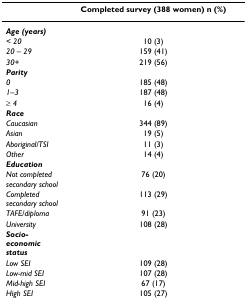
<table><thead><tr><td></td><td><b>Completed survey (388 women) n (%)</b></td></tr></thead><tbody><tr><td><b><i>Age (years)</i></b></td><td></td></tr><tr><td><i>&lt; 20</i></td><td>10 (3)</td></tr><tr><td><i>20 – 29</i></td><td>159 (41)</td></tr><tr><td><i>30+</i></td><td>219 (56)</td></tr><tr><td><b><i>Parity</i></b></td><td></td></tr><tr><td><i>0</i></td><td>185 (48)</td></tr><tr><td><i>1–3</i></td><td>187 (48)</td></tr><tr><td>≥ <i>4</i></td><td>16 (4)</td></tr><tr><td><b><i>Race</i></b></td><td></td></tr><tr><td><i>Caucasian</i></td><td>344 (89)</td></tr><tr><td><i>Asian</i></td><td>19 (5)</td></tr><tr><td><i>Aboriginal/TSI</i></td><td>11 (3)</td></tr><tr><td><i>Other</i></td><td>14 (4)</td></tr><tr><td><b><i>Education</i></b></td><td></td></tr><tr><td><i>Not completed secondary school</i></td><td>76 (20)</td></tr><tr><td><i>Completed secondary school</i></td><td>113 (29)</td></tr><tr><td><i>TAFE/diploma</i></td><td>91 (23)</td></tr><tr><td><i>University</i></td><td>108 (28)</td></tr><tr><td><b><i>Socio-economic status</i></b></td><td></td></tr><tr><td><i>Low SEI</i></td><td>109 (28)</td></tr><tr><td><i>Low-mid SEI</i></td><td>107 (28)</td></tr><tr><td><i>Mid-high SEI</i></td><td>67 (17)</td></tr><tr><td><i>High SEI</i></td><td>105 (27)</td></tr></tbody></table>